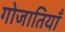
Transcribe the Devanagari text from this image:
गोजातियाँ